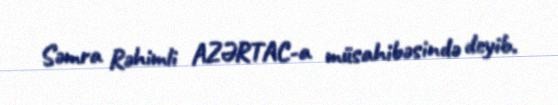
Səmra Rəhimli AZƏRTAC-a müsahibəsində deyib.